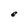
Character: e